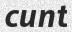
cunt